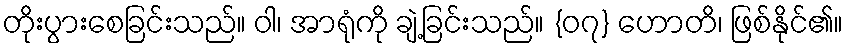
တိုးပွားစေခြင်းသည်။ ဝါ၊ အာရုံကို ချဲ့ခြင်းသည်။ {၀၇} ဟောတိ၊ ဖြစ်နိုင်၏။